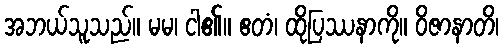
အဘယ်သူသည်။ မမ၊ ငါ၏။ ဧတံ၊ ထိုပြဿနာကို။ ဝိဇာနာတိ၊